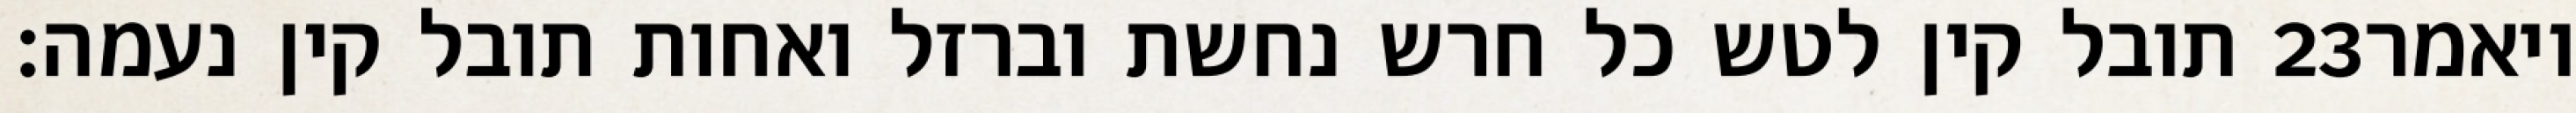
תובל קין לטש כל חרש נחשת וברזל ואחות תובל קין נעמה׃ ‎23‏ ויאמר